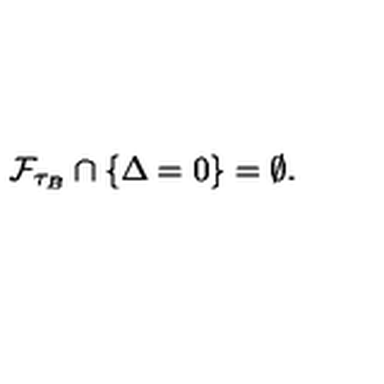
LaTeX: \mathcal { F } _ { \tau _ { B } } \cap \{ \Delta = 0 \} = \emptyset .